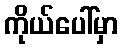
ကိုယ်ပေါ်မှာ